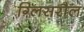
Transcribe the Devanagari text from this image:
ग्लिसरौल